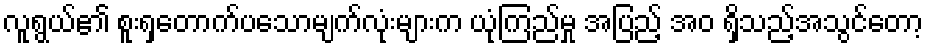
လူရွယ်၏ စူးရှတောက်ပသောမျက်လုံးများက ယုံကြည်မှု အပြည့် အဝ ရှိသည့်အသွင်တော့